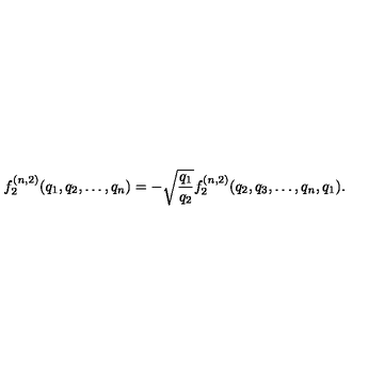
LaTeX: f _ { 2 } ^ { ( n , 2 ) } ( q _ { 1 } , q _ { 2 } , \dots , q _ { n } ) = - \sqrt { \frac { q _ { 1 } } { q _ { 2 } } } f _ { 2 } ^ { ( n , 2 ) } ( q _ { 2 } , q _ { 3 } , \dots , q _ { n } , q _ { 1 } ) .